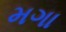
મગા